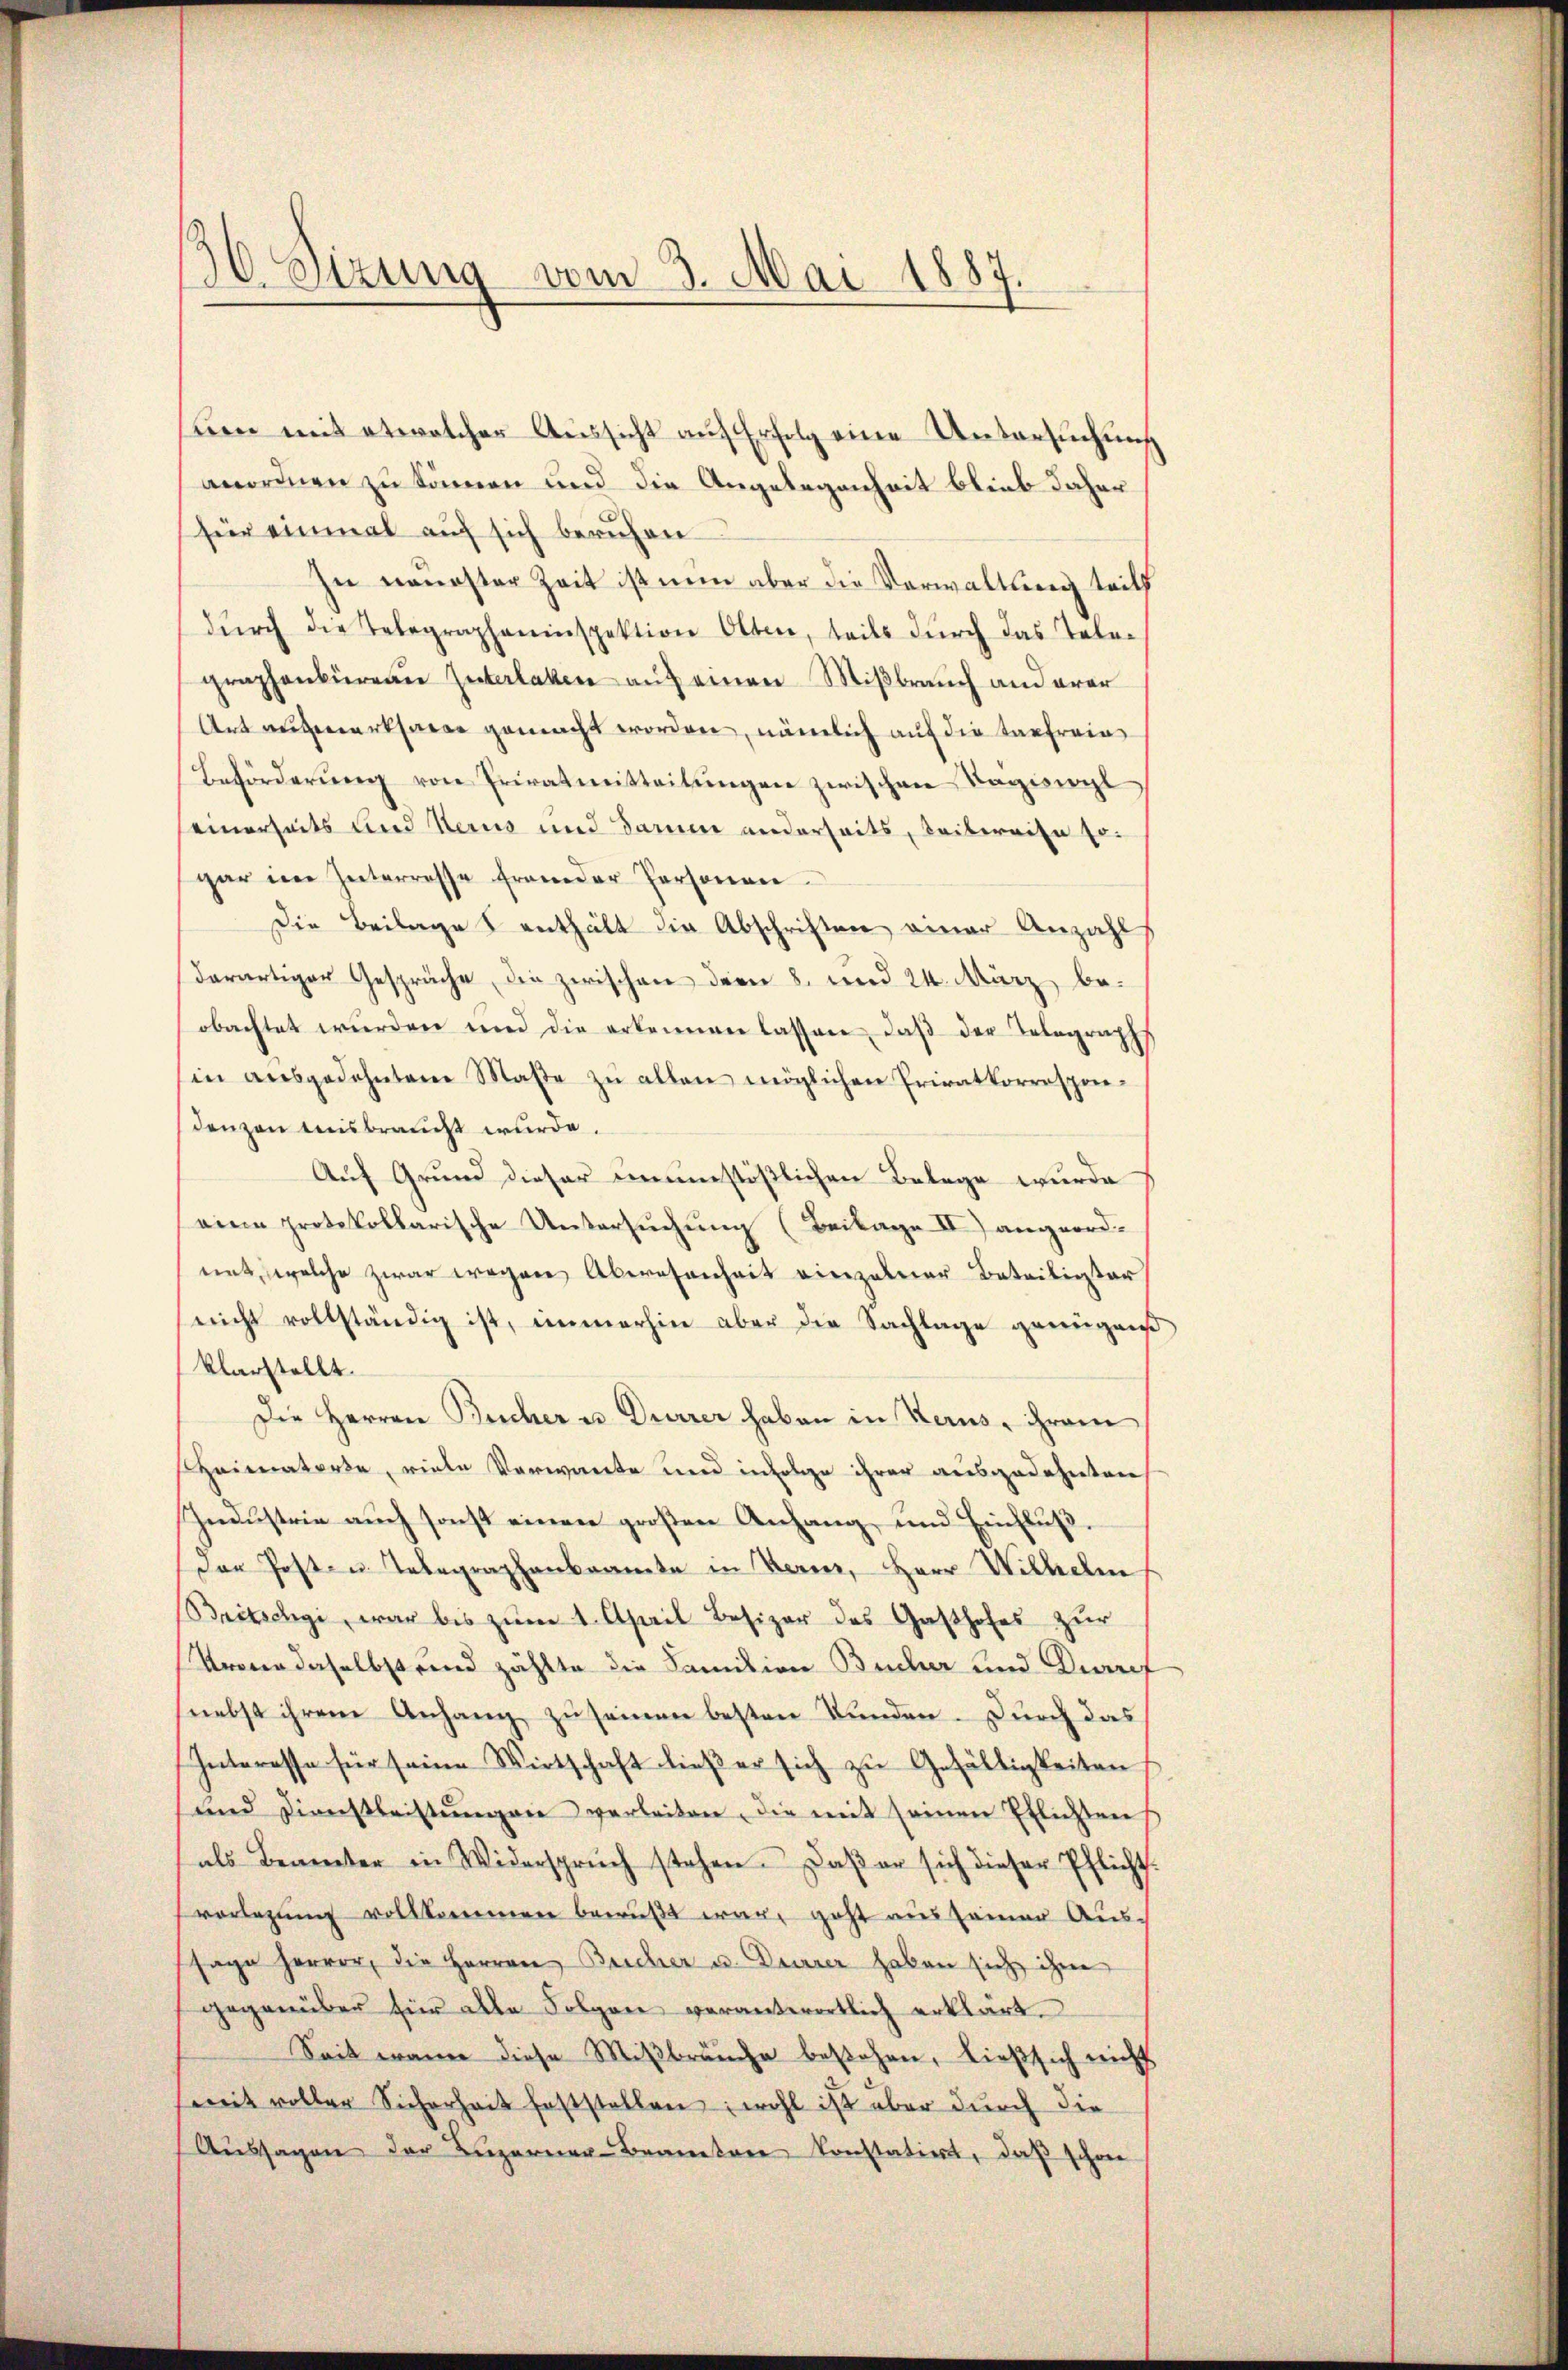
uen mit etwelcher Aussicht auf Erfolg eine Untersuchung
anordnen zu können und die Angelegenheit blieb daher
für einmal auf sich beruhen
In neuester Zeit ist nun aber die Verwaltung tritt
dŭrch die Telegrapheninspektion Olten, teils dŭrch das Tele-
graphenbüreau Interlaken auf einen Mißbrauch anderer
Art aufmerksame gemacht worden, nämlich auf die Taufreie
Beförderŭng von Privatmitteilŭngen zwischen Tagiswyl
seinerseits und Herus und darum anderseits, beibereise so
gar im Interrasse fremder Personen
Die Beilage 8 enthält die Abschriften einer Anzahl
derartiger Gespräche, die zwischen dem 8. und 24. März, beobachtet wurden und die erkennen lassen, daß der Telegraph
in aŭsgedehnten Maße zu allen möglichen Privatkorrespondenzen misbraucht wurde.
Auf Grund dieser unumstößlichen Belege wurde
eine protokollarische Untersuchung (Beilage II) angeordnnt, welche zwar wegen Abwesenheit einzelner Beteiligter
nicht vollständig ist, immerhin aber die Nachlage genügniß
klarstellt.
Die Herren Bucher u. Durrer haben in Kerus, ihrem
Heimatorte, viele Verwande und infolge ihrer ausgedehnten
Industrie auch sonst einen großen Anhang und Einfluß¬
Der Posten Telegraphenbrannte in Bern, Herr Wilhelm
Britschgi, war bis zum 1. April Besizer des Gasthofes zur
Krone daselbstrend zählte die Familien Bücher und Diaref
nebst ihrem Anhang zu seinen besten Kunden. Durch das
Interesse für seine Wirtschaft lieβ er sich zŭ Gefälligkeiten,
und Dienstleistŭngen verleiten, die mit seinen Pflichtens
als Beamter in Widerspruch stehen. Daß er sich dieser Pflicht.
verlegŭng vollkommen bewußt war, geht aus seiner Aus-
sage hervor, die Herren Bucher u. Deurer haben sich ihm
gegenüber für alle Folgen verantwortlich erklärt.
Seit wann diese Mißbräuche bestehen, ließ sich nicht
mit voller Sicherheit feststellen; wohl ist über durch die
Aŭssagen der Luzerner Beamten konstatio, daß schon

30. Sizung vom 3. Mai 1887.